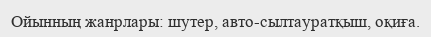
Ойынның жанрлары: шутер, авто-сылтауратқыш, оқиға.